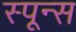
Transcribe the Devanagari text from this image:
स्पून्स